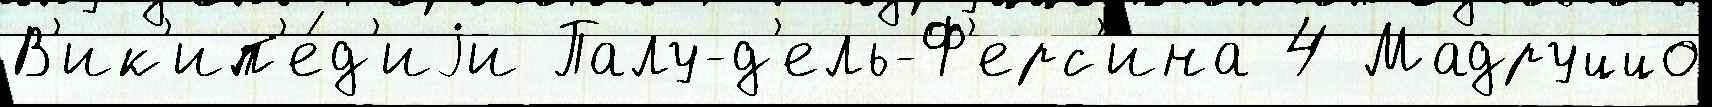
В'ик'ип'е́д'иjи Палу-д'ель-Ф'ерс'ина 4 Мадруццо